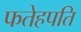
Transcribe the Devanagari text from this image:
फतेहपति